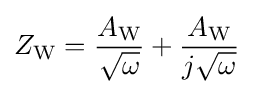
{Z_{\mathrm {W} }}={\frac {A_{\mathrm {W} }}{\sqrt {\omega }}}+{\frac {A_{\mathrm {W} }}{j{\sqrt {\omega }}}}